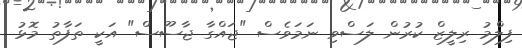
ފިލްމު ރިލީޒް ކުރުން ލަސްވި ނަމަވެސް "ޖައްގާ ޖާސޫސް" އަކީ ތަފާތު މޮޅު